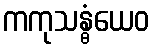
ကကုသန္ဓံယေဝ